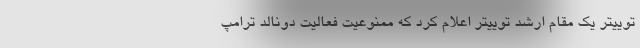
توییتر یک مقام ارشد توییتر اعلام کرد که ممنوعیت فعالیت دونالد ترامپ